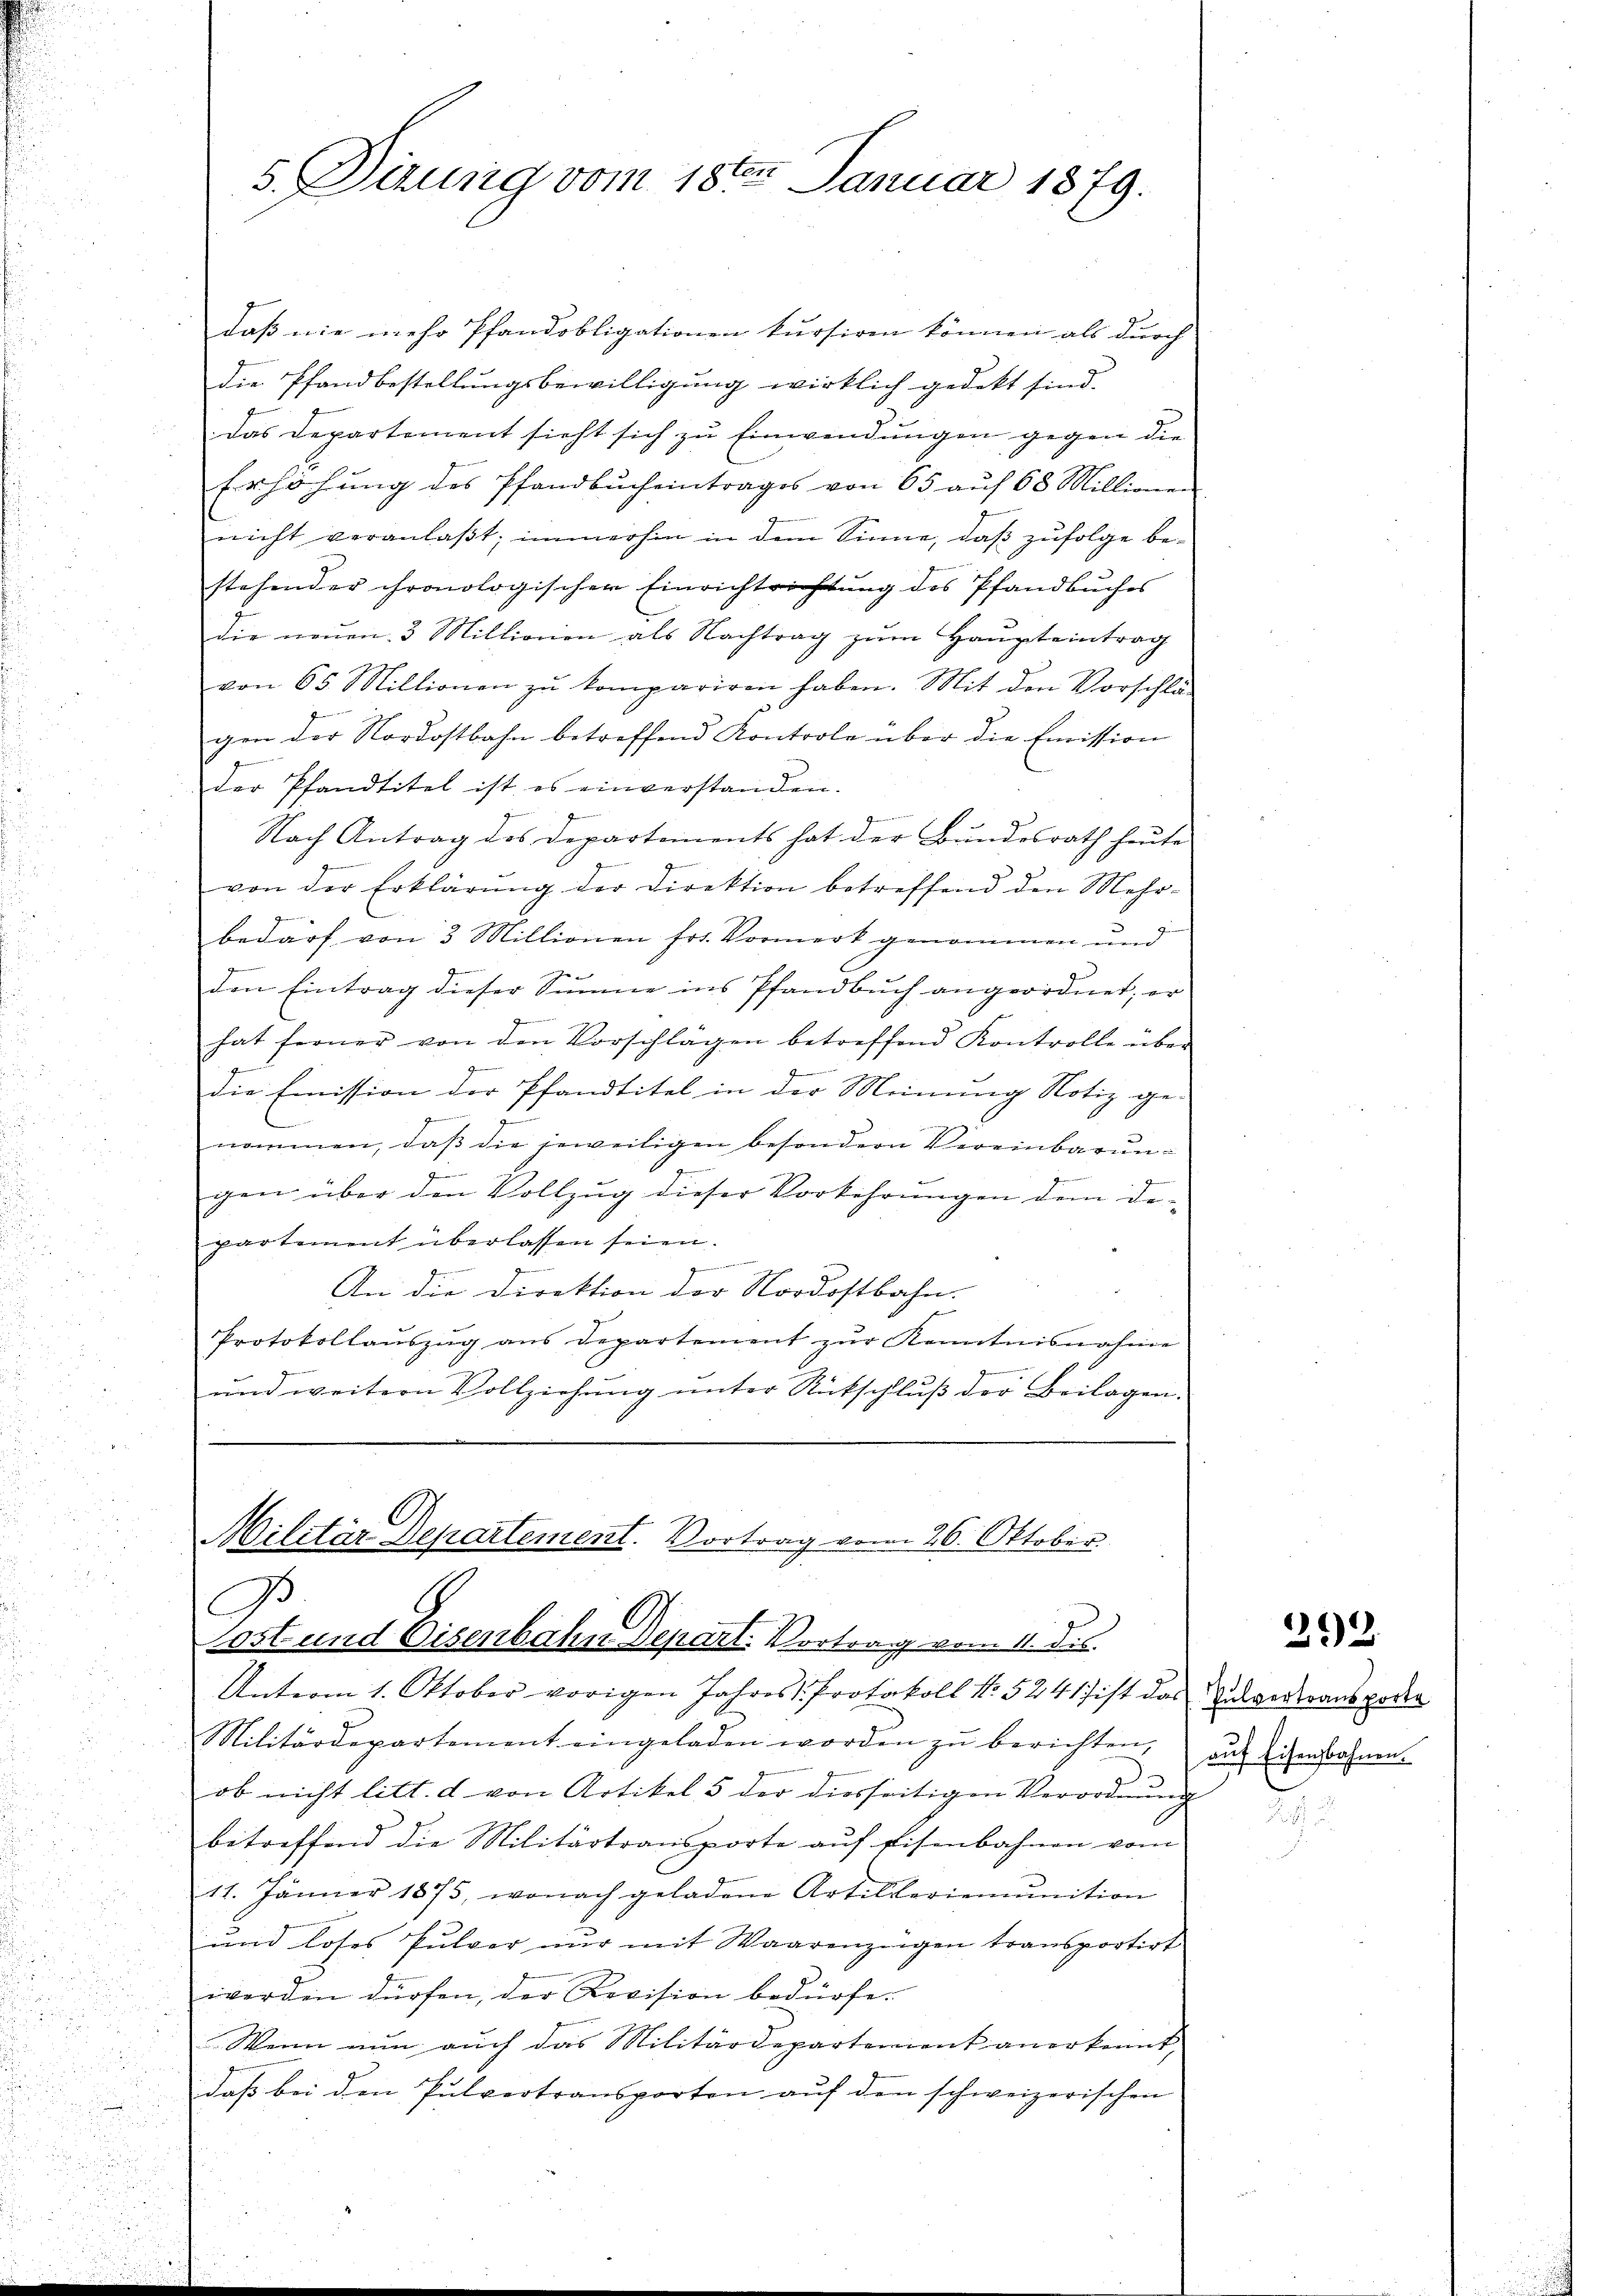
d

3

s. Dirung vom 18ten Januar 1879.

daß nie mehr Pfandobligationen kursiren können als durch
die Pfandbestellungsbewilligung wirklich gedekt sind.
das Departement sieht sich zu Einwendungen gegen die
Erhöhŭng des Pfandbucheintrages von 65 aŭf 68 Millionen
nicht veranlaβt; immerhin in dem Sinne, daß zufolge be-
stehender chronologischen Einrichtrichtung des Pfandbuches
die neŭen 3 Millionen als Nachtrag zŭm Haŭpteintrag
von 65 Millionen zŭ kompariren haben. Mit den Vorschläg
gen der Nordostbahn betreffend Kontrole über die Emission
der Pfandtitel ist es einverstanden.
Nach Antrag des Departements hat der Bŭndesrath heute
ge
von der Erklärŭng der Direktion betreffend den Mehr-
bedarf von 3 Millionen frs. Vormerk genommen und
C
den Eintrag dieser Summe ins Pfandbuch angeordnet; er
J
hat ferner von den Vorschlägen betreffend Kontrolle über
9
die Emission der Pfandtitel in der Meinung Notiz ge-
2
nommen, daβ die jeweiligen besondern Vereinbarungen über den Vollzug dieser Vorkehrungen dem departement überlassen seien.
eorien, gemeinde erthei
An die Direktion der Nordostbahn.
Protokollaŭszŭg ans Departement zŭr Kenntnisnahme
d
und weitern Vollziehung unter Rückschluß der Beilagen.
C

Militär Departement. Vortrag vom 26. Oktober
B
G
tost und Eisenbahn Depart. Vortrag vom 11. dis

u
Unterm 1. Oktober vorigen Jahres Protokoll No 5241 ist das Severtransporte
Militärdepartement eingeladen worden zŭ berichten, aŭf Eisenbahnen-
ob nicht litt. d von Artikel 5 der diesseitigen Verordnŭng
betreffend die Militärtransporte auf Eisenbahnen vom
11. Jänner 1875, wonach geladene Artilleriemŭnition
3
und loses Pulver nŭr mit Waarenzeigen transportirt
i
werden dürfen, der Revision bedürfe.

2
Wenn nun auch das Militärdepartement anerkennt,
u
u
daß bei den Pulvertransporten aŭf den schweizerischen
u

292